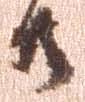
共